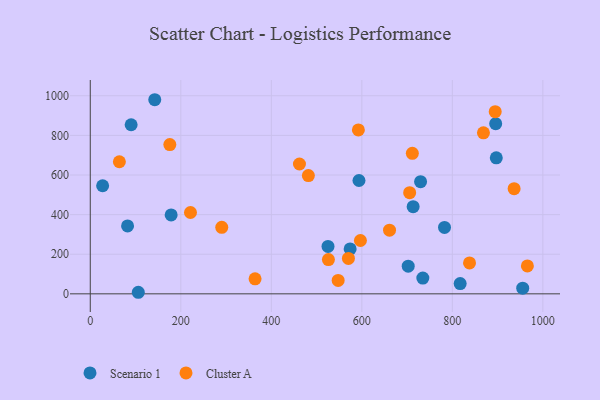
{"axis": {"x": "Experience", "y": "Salary"}, "legend": ["Cluster A", "Scenario 1"], "data": [{"x": "817.3", "y": 51.8, "type": "Scenario 1"}, {"x": "90.3", "y": 853.7, "type": "Scenario 1"}, {"x": "782.7", "y": 335.1, "type": "Scenario 1"}, {"x": "955.5", "y": 28.5, "type": "Scenario 1"}, {"x": "734.8", "y": 79.4, "type": "Scenario 1"}, {"x": "897.1", "y": 686.8, "type": "Scenario 1"}, {"x": "27.3", "y": 545.8, "type": "Scenario 1"}, {"x": "895.8", "y": 859.1, "type": "Scenario 1"}, {"x": "525.3", "y": 239.3, "type": "Scenario 1"}, {"x": "574.2", "y": 226.7, "type": "Scenario 1"}, {"x": "178.7", "y": 398.5, "type": "Scenario 1"}, {"x": "82.4", "y": 342.8, "type": "Scenario 1"}, {"x": "106.1", "y": 7.9, "type": "Scenario 1"}, {"x": "702.5", "y": 139.5, "type": "Scenario 1"}, {"x": "593.7", "y": 572.1, "type": "Scenario 1"}, {"x": "713.4", "y": 439.9, "type": "Scenario 1"}, {"x": "142.5", "y": 980.0, "type": "Scenario 1"}, {"x": "729.8", "y": 566.4, "type": "Scenario 1"}, {"x": "661.2", "y": 321.2, "type": "Cluster A"}, {"x": "868.7", "y": 812.9, "type": "Cluster A"}, {"x": "711.6", "y": 709.4, "type": "Cluster A"}, {"x": "175.8", "y": 753.4, "type": "Cluster A"}, {"x": "570.4", "y": 178.7, "type": "Cluster A"}, {"x": "526.2", "y": 173.1, "type": "Cluster A"}, {"x": "936.5", "y": 530.9, "type": "Cluster A"}, {"x": "462.2", "y": 655.4, "type": "Cluster A"}, {"x": "592.4", "y": 827.3, "type": "Cluster A"}, {"x": "290.5", "y": 335.8, "type": "Cluster A"}, {"x": "705.7", "y": 510.7, "type": "Cluster A"}, {"x": "221.4", "y": 410.7, "type": "Cluster A"}, {"x": "894.7", "y": 919.6, "type": "Cluster A"}, {"x": "547.7", "y": 67.9, "type": "Cluster A"}, {"x": "481.9", "y": 597.0, "type": "Cluster A"}, {"x": "596.9", "y": 269.2, "type": "Cluster A"}, {"x": "364.1", "y": 75.7, "type": "Cluster A"}, {"x": "838.0", "y": 156.1, "type": "Cluster A"}, {"x": "64.3", "y": 666.8, "type": "Cluster A"}, {"x": "965.8", "y": 140.8, "type": "Cluster A"}]}